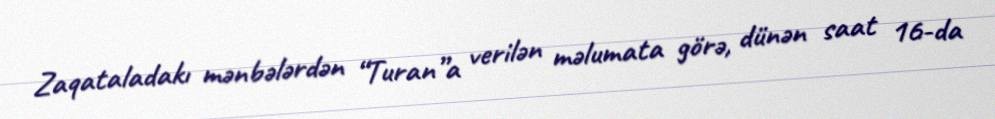
Zaqataladakı mənbələrdən “Turan”a verilən məlumata görə, dünən saat 16-da